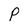
Character: P